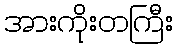
အားကိုးတကြီး